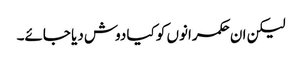
لیکن ان حکمرانوں کو کیا دوش دیا جائے۔